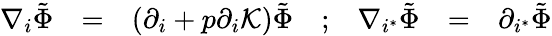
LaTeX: \begin{array}{ccccccc}{{\nabla_{i}\tilde{\Phi}}}&{{=}}&{{(\partial_{i}+p\partial_{i}{\cal K})\tilde{\Phi}}}&{{;}}&{{\nabla_{i^{*}}\tilde{\Phi}}}&{{=}}&{{\partial_{i^{*}}\tilde{\Phi}}}\end{array}